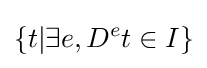
\{t|\exists e,D^{e}t\in I\}